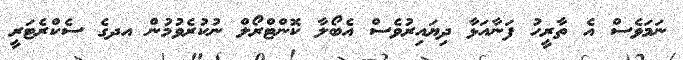
ނަމަވެސް އެ ތާރީހު ފަަނާއަޅާ ދިޔައިރުވެސް އެބޯލާ ކޮންޓްރޯލް ނުކުރެވުމުން އދގެ ސެކްރެޓަރީ